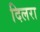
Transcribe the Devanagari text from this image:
दिलरा